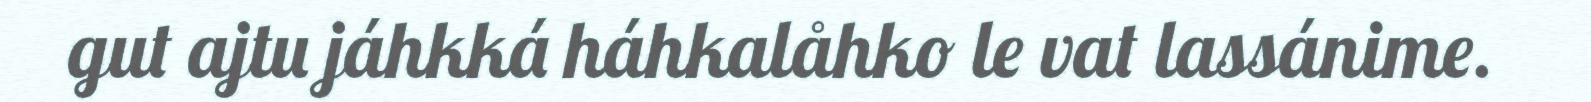
gut ajtu jáhkká háhkalåhko le vat lassánime.